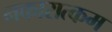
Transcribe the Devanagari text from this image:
नकारात्‍कम